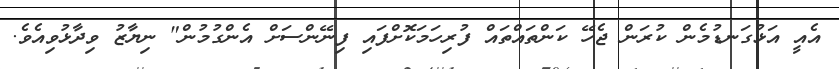
އެއީ އަޅުގަނޑުމެން ކުރަން ޖެހޭ ކަންތައްތައް ފުރިހަމަކޮށްފައި ފިނޭންސަށް އެންގުމުން" ނިޔާޒު ވިދާޅުވިއެވެ.